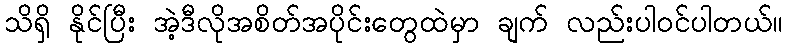
သိရှိ နိုင်ပြီး အဲ့ဒီလိုအစိတ်အပိုင်းတွေထဲမှာ ချက် လည်းပါဝင်ပါတယ်။